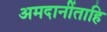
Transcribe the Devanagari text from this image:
अमदानींताहि